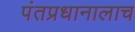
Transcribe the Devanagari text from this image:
पंतप्रधानालाच